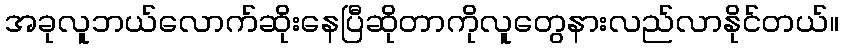
အခုလူဘယ်လောက်ဆိုးနေပြီဆိုတာကိုလူတွေနားလည်လာနိုင်တယ်။